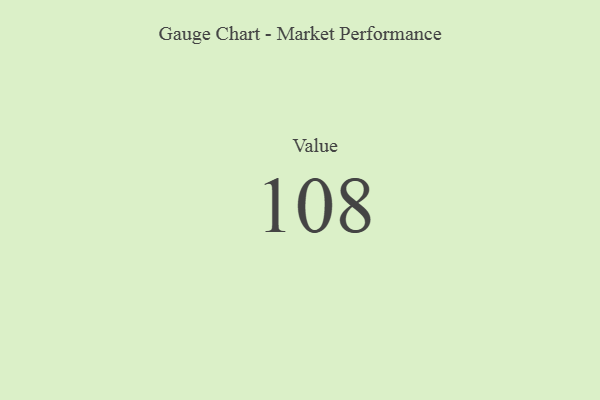
{"axis": {"x": "Metric", "y": "Value"}, "legend": [""], "data": [{"x": "Value", "y": 108, "type": ""}]}